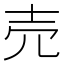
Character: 売